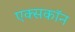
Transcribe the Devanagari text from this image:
एक्सकॉन